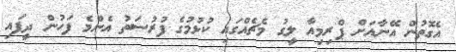
އެގޮތުން އޭނާއަށް ޕްރިމިއާ ލީގު މެޗެއްގައި ކުޅުމުގެ ފުރުސަތު އެންމެ ފަހުން ދީފައި